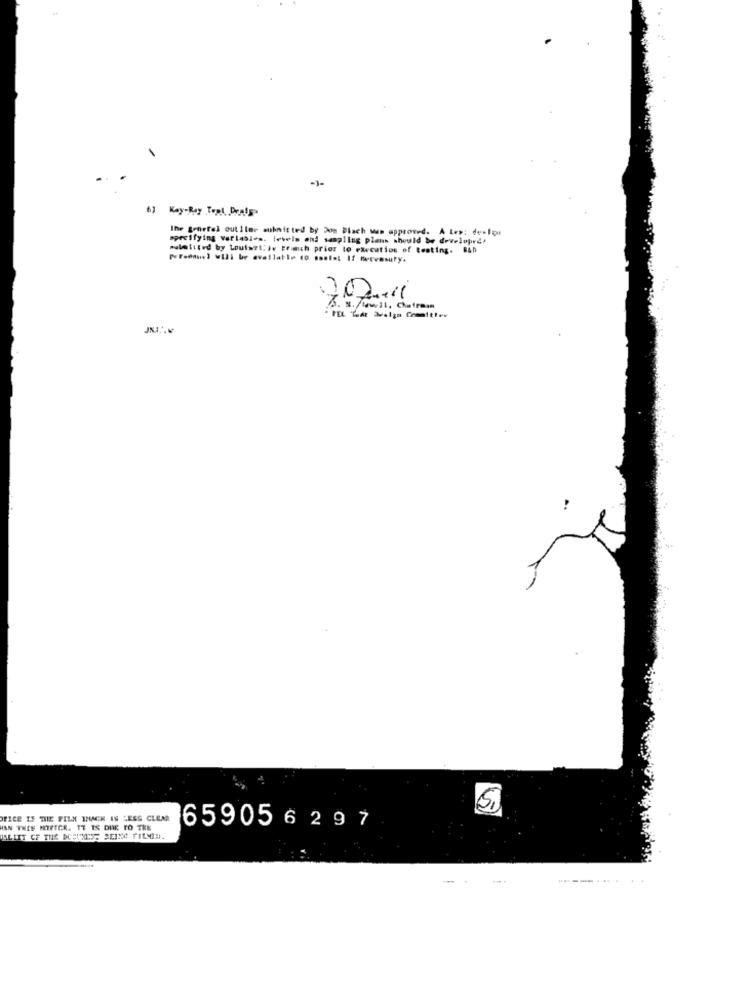
6) Key-Ray Tepl, brats
Ihr grürfel outilme submitted by Jon Blach Man approved. A Les: derIon
specifying varlasles. levels ond sampling plans should be developed!
aulaitted by Louis?l'ir Brich prior to earcution of testing. 840
Personnel will be available (0 sonia: If fervesury.
302.11
5. s. /tawell. Chateman
OFICE IF THE FILM WHACK IS LESS CLEAR
HAN THES MITTGR. IT IS DUE TO TRE
659056 297